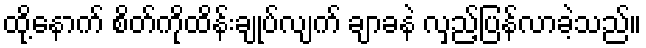
ထို့နောက် စိတ်ကိုထိန်းချုပ်လျက် ချာခနဲ လှည့်ပြန်လာခဲ့သည်။